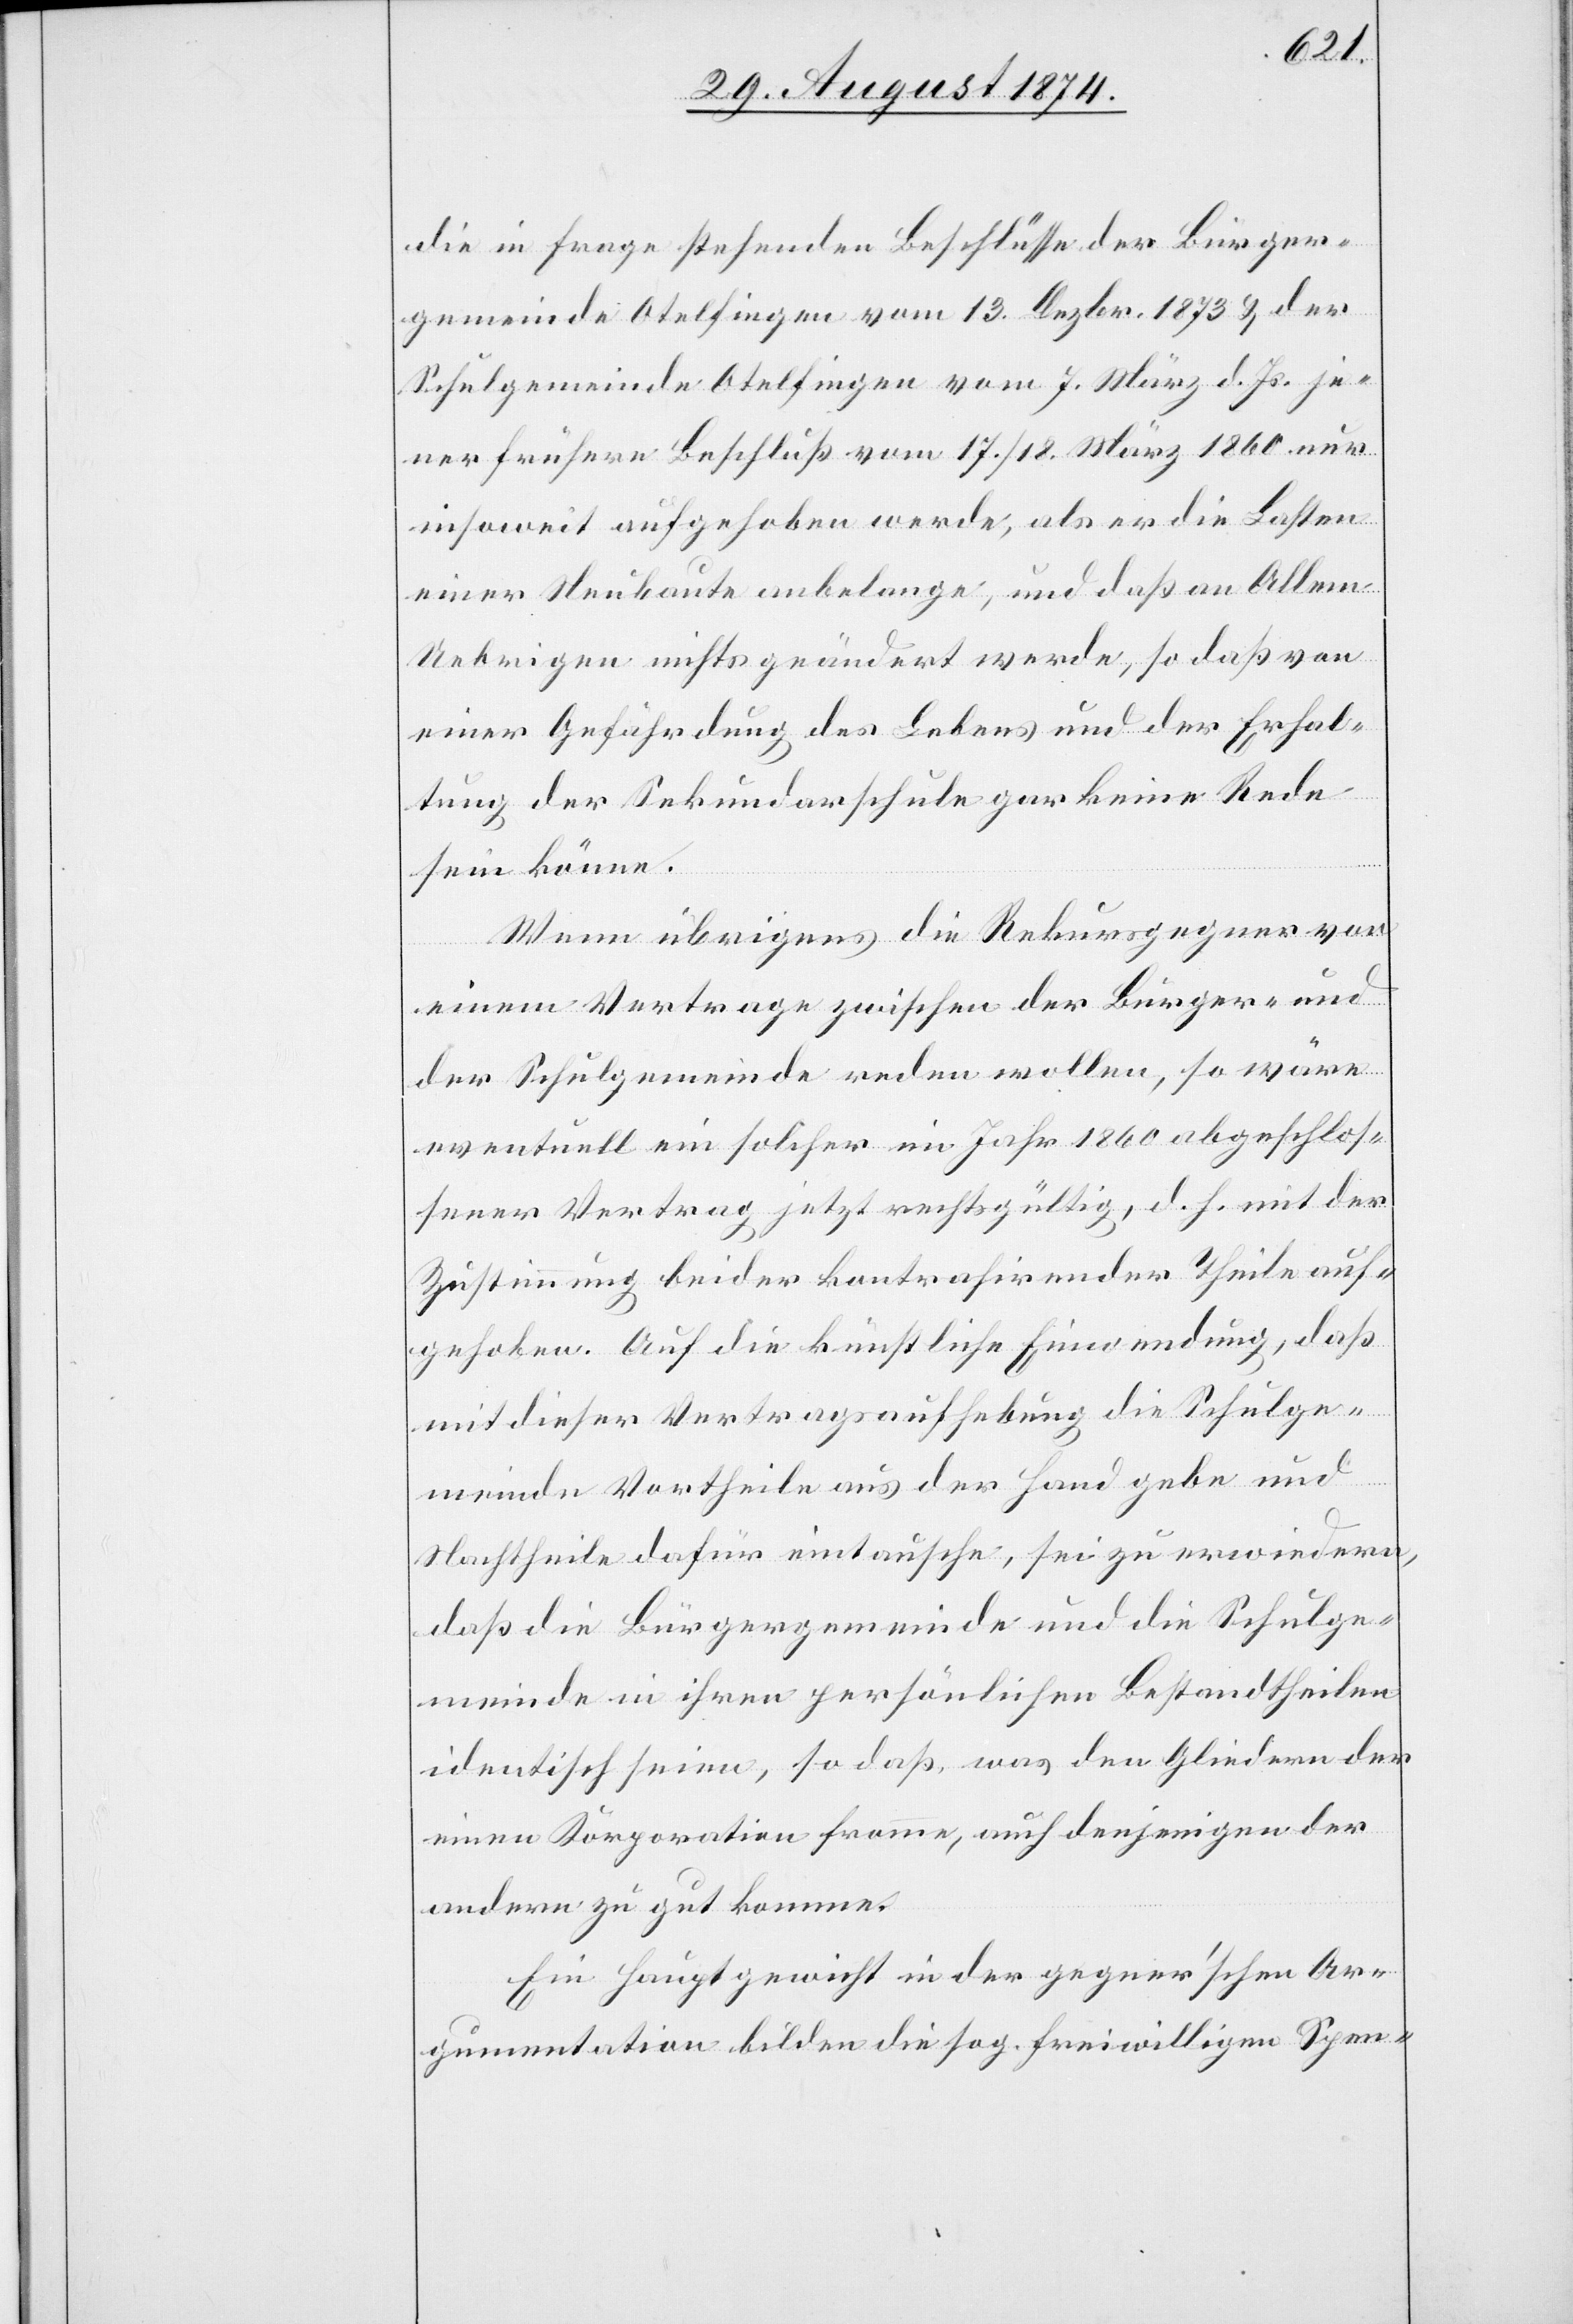
die in Frage stehenden Beschlüsse der Bürger¬
gemeinde Otelfingen vom 13. Dezbr. 1873 u. der
Schulgemeinde Otelfingen vom 7. März d. Js. je¬
ner frühere Beschluß vom 17./18. März 1869 nur
insoweit aufgehoben werde, als er die Lasten
einer Neubaute anbelange, und daß an Allem
Uebrigen nichts geändert werde, so daß von
einer Gefährdung des Lebens und der Erhal¬
tung der Sekundarschule gar keine Rede
sein könne.
Wenn übrigens die Rekursgegner von
einem Vertrage zwischen der Bürger- und
der Schulgemeinde reden wollen, so wäre
eventuell ein solcher im Jahr 1860 abgeschlos¬
sener Vertrag jetzt rechtsgültig, d. h. mit der
Zustimmung beider kontrahirender Theile auf¬
gehoben. Auf die künstliche Einwendung, daß
mit dieser Vertragsaufhebung die Schulge¬
meinde Vortheile aus der Hand gebe und
Nachtheile dafür eintausche, sei zu erwidern,
daß die Bürgergemeinde und die Schulge¬
meinde in ihren persönlichen Bestandtheilen
identisch seien, so daß, was den Gliedern der
einen Korporation fromme, auch denjenigen der
andern zu gut komme.
Ein Hauptgewicht in der gegner’schen Ar¬
gumentation bilden die sog. freiwilligen Spen-